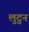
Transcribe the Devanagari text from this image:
लुटुन